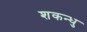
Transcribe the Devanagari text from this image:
शकन्धु